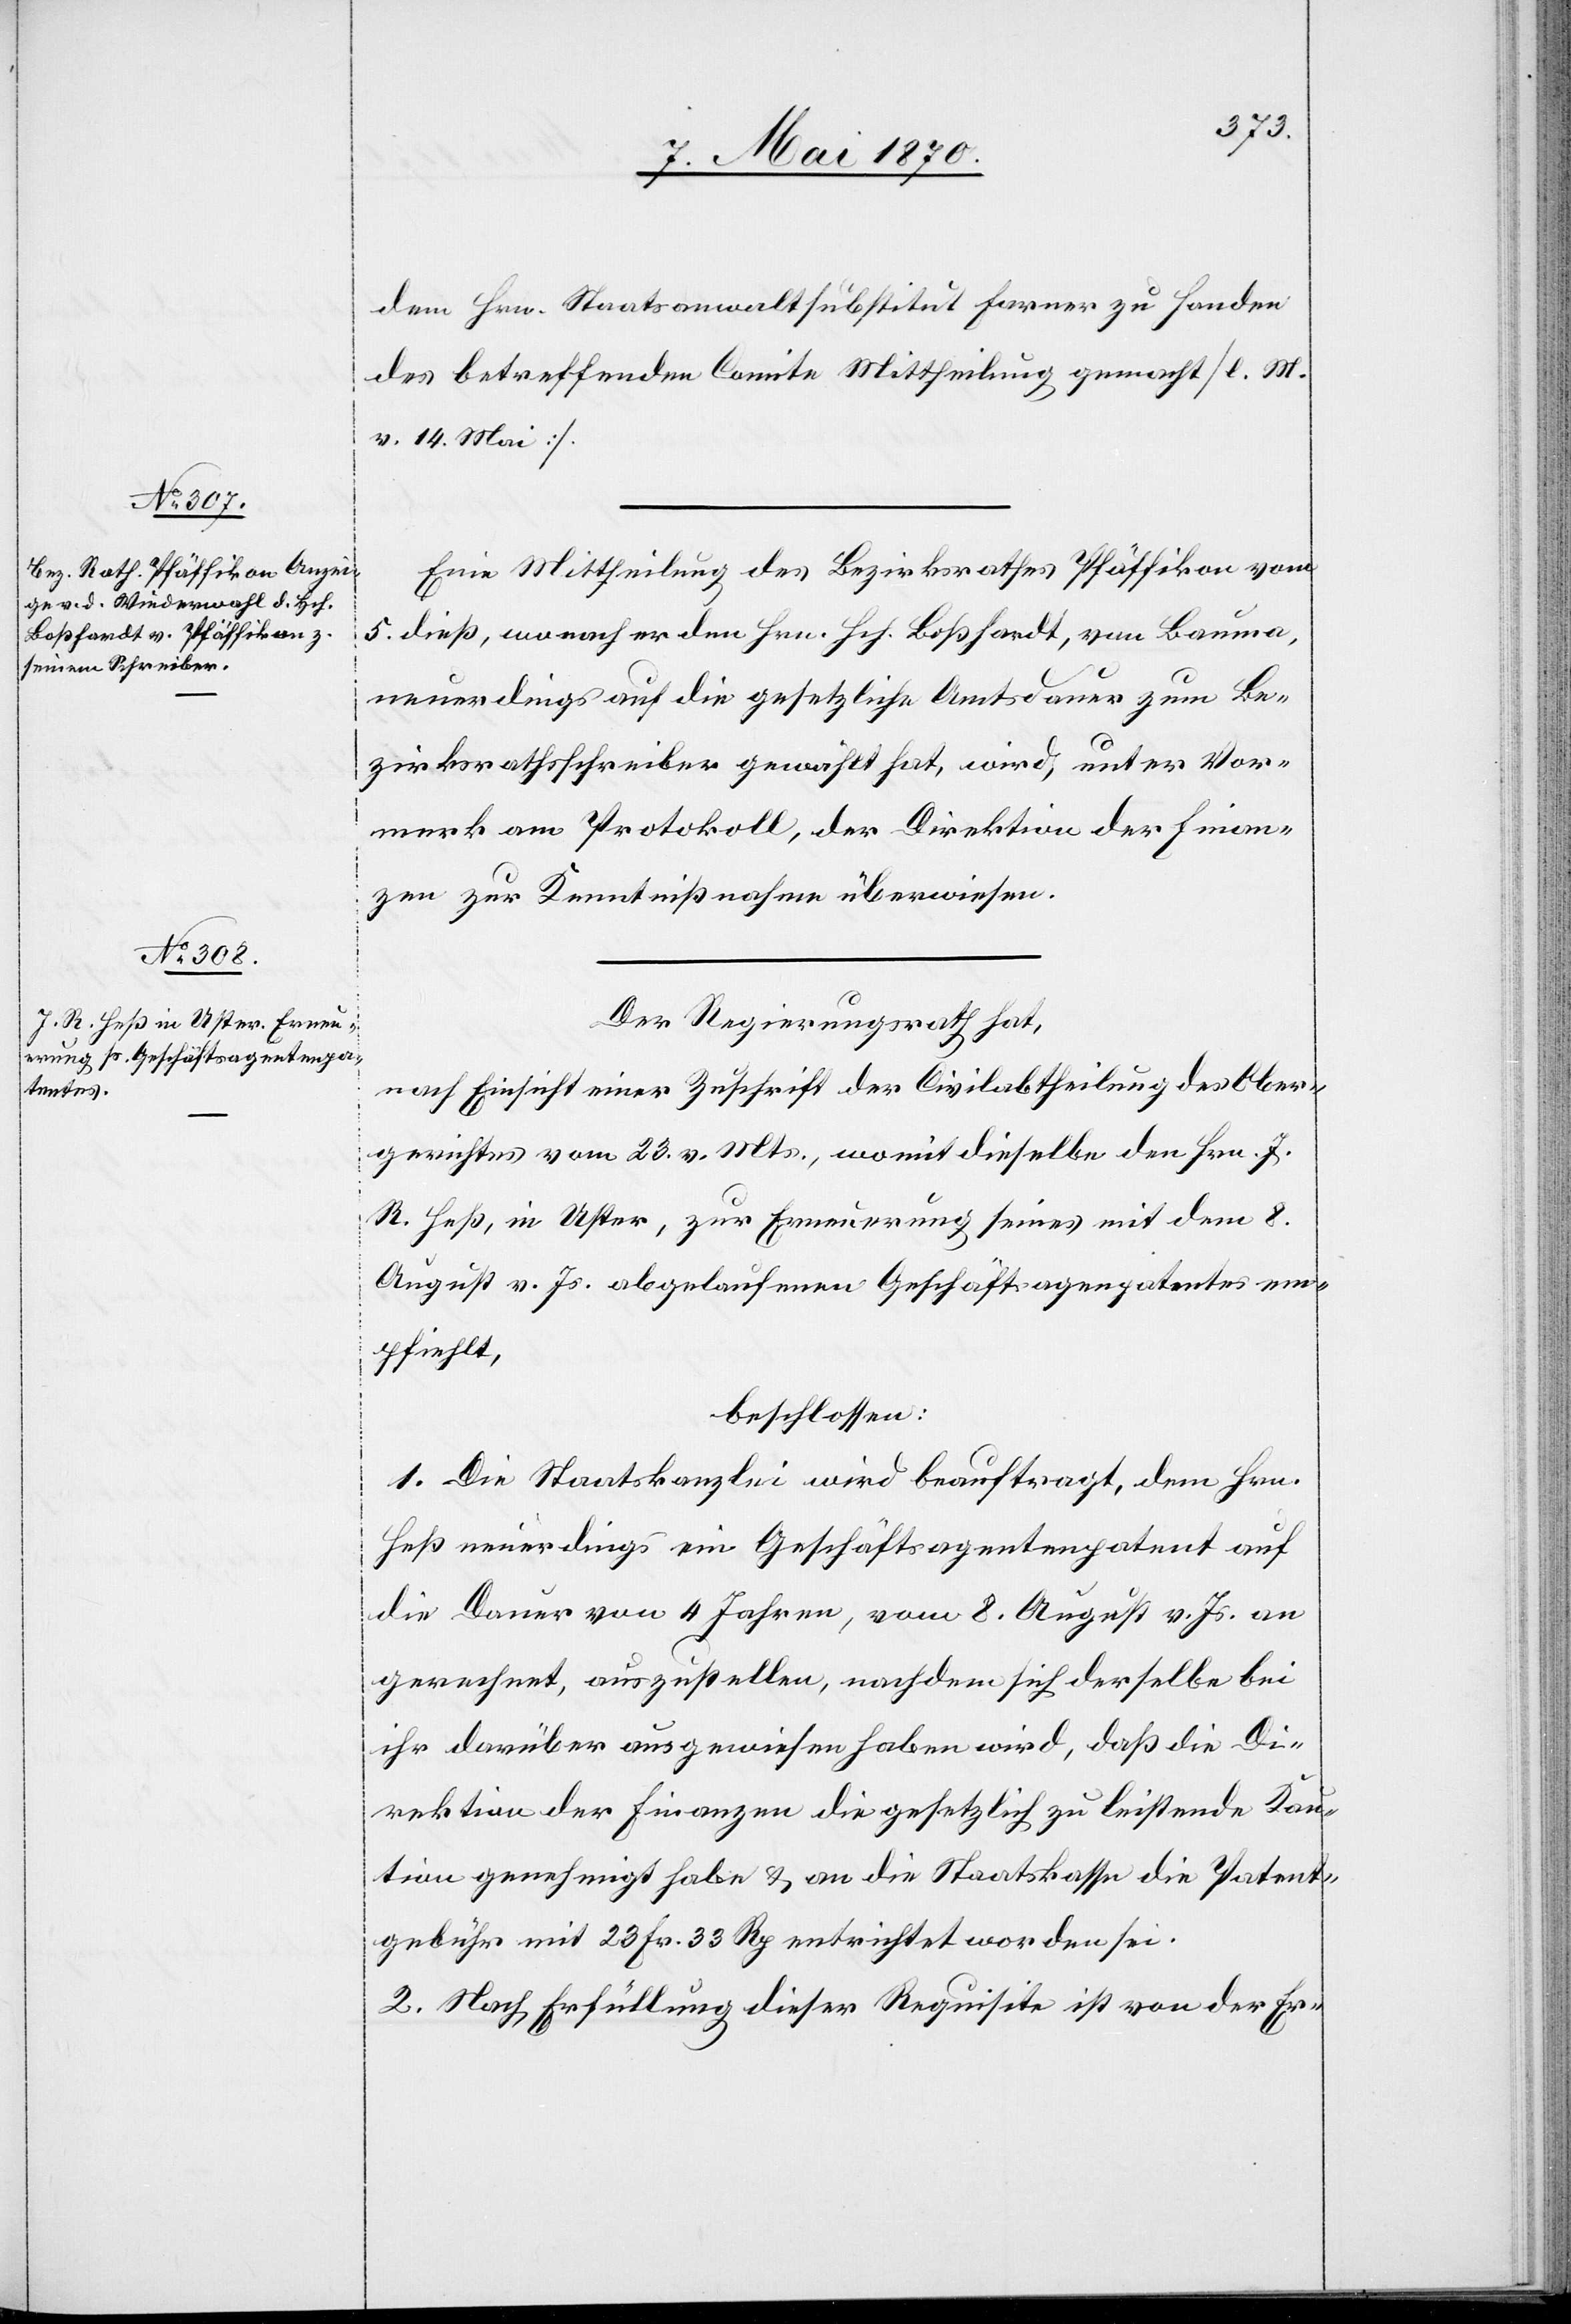
dem Hrn. Staatsanwaltsubstitut Farner zu Handen
des betreffenden Comite Mittheilung gemacht [l. M.
v. 14. Mai].
Eine Mittheilung des Bezirksrathes Pfäffikon vom
5. dieß, wonach er dem Hrn. Hch. Boßhardt, von Bauma
neuerdings auf die gesetzliche Amtsdauer zum Be¬
zirksrathsschreiber gewählt hat, wird, unter Vor¬
merk am Protokoll, der Direktion der Finan¬
zen zur Kenntnißnahme überwiesen.
Der Regierungsrath hat,
nach Einsicht einer Zuschrift der Civilabtheilung des Ober¬
gerichtes vom 23. v. Mts., womit dieselbe den Hrn. J.
R. Heß, in Uster, zur Erneuerung seines mit dem 8.
August vor. Js. abgelaufenen Geschäftsagen[ten]patentes em¬
pfiehlt,
beschlossen:
1. Die Staatskanzlei wird beauftragt, dem Hrn.
Heß neuerdings ein Geschäftsagentenpatent auf
die Dauer von 4 Jahren, vom 8. August vor. Js. an
gerechnet, auszustellen, nachdem sich derselbe bei
ihr darüber ausgewiesen haben wird, daß die Di¬
rektion der Finanzen die gesetzlich zu leistende Kau¬
tion genehmigt habe & an die Staatskasse die Patent¬
gebühr mit 23 Fr. 33 Rp. entrichtet worden sei.
2. Nach Erfüllung dieser Requisite ist von der Er-